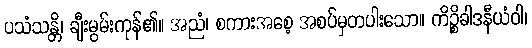
ပသံသန္တိ၊ ချီးမွမ်းကုန်၏။ အညံ၊ စကားအစေ့ အစပ်မှတပါးသော။ ကိဉ္စိခါဒနီယံဝါ၊